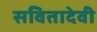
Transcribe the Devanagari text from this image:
सवितादेवी